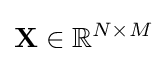
\mathbf {X} \in \mathbb {R} ^{N\times M}